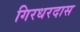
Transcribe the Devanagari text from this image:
गिरधरदास